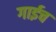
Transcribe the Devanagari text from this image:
गाईच